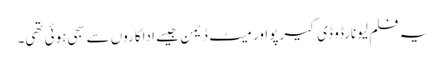
یہ فلم لیونارڈو ڈی کیرپو اور میٹ ڈیمن جیسے اداکاروں سے سجی ہوئی تھی۔